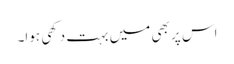
اس پر بھی میں بہت دکھی ہوا۔